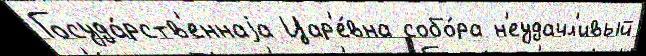
Госуда́рств'еннаjа Цар'е́вна собо́ра н'еудачл'ивый